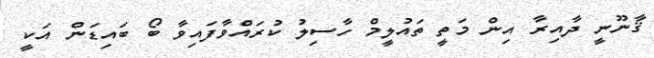
ޤާނޫނީ ދާއިރާ އިން މަތީ ތައުލީމް ހާސިލު ކުރައްވާފައިވާ ބޯ ބައިޑަން އަކީ